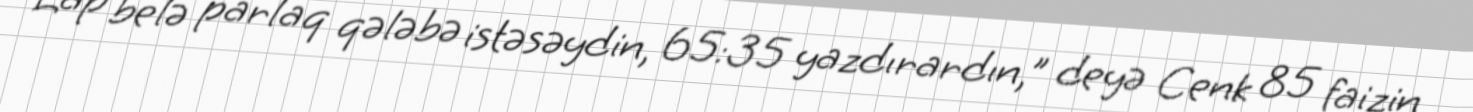
Lap belə parlaq qələbə istəsəydin, 65:35 yazdırardın,” deyə Cenk 85 faizin